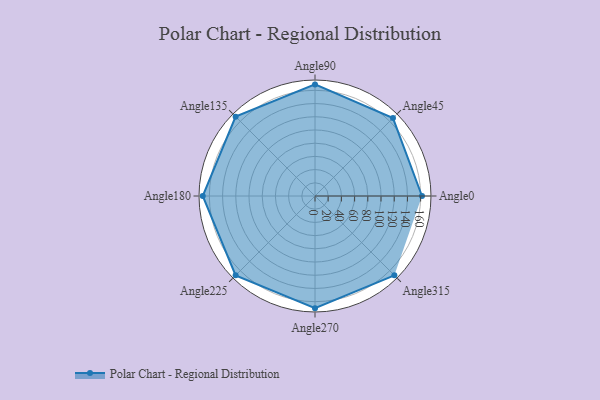
{"axis": {"x": "Angle", "y": "Radius"}, "legend": [""], "data": [{"x": "Angle0", "y": 162.0, "type": ""}, {"x": "Angle45", "y": 167.0, "type": ""}, {"x": "Angle90", "y": 169.0, "type": ""}, {"x": "Angle135", "y": 170, "type": ""}, {"x": "Angle180", "y": 170, "type": ""}, {"x": "Angle225", "y": 170, "type": ""}, {"x": "Angle270", "y": 170, "type": ""}, {"x": "Angle315", "y": 170, "type": ""}]}